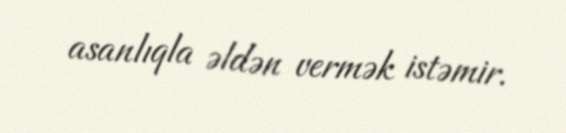
asanlıqla əldən vermək istəmir.